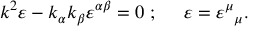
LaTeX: k ^ { 2 } \varepsilon - k _ { \alpha } k _ { \beta } \varepsilon ^ { \alpha \beta } = 0 ~ ; ~ ~ ~ ~ \varepsilon = { \varepsilon ^ { \mu } } _ { \mu } .